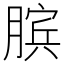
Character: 膑